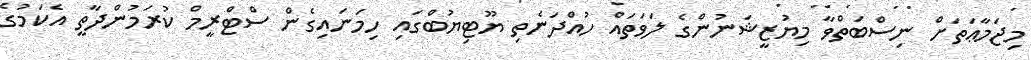
މިޖަމާޢަތަށް ނިސްބަތްވާ މިޔުޒީޝަނުންގެ ލަވަތައް ހުއްދަނެތި ޔޫޓިޔުބްގައި ހިމަނައިގެން ސްޓްރީމް ކުރަމުންދާތީ އެކަމުގެ